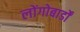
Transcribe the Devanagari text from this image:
लोंगोबार्डों